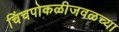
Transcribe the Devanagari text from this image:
चिंचपोकळीजवळच्या